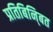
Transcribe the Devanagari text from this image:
प्रतिबिनि्बत